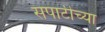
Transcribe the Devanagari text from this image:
सपाटीच्या